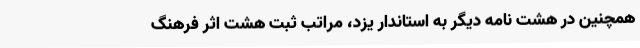
همچنین در هشت نامه‌ دیگر به استاندار یزد، مراتب ثبت هشت اثر فرهنگ